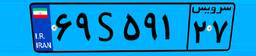
۲۷S۹۹۵۱۵